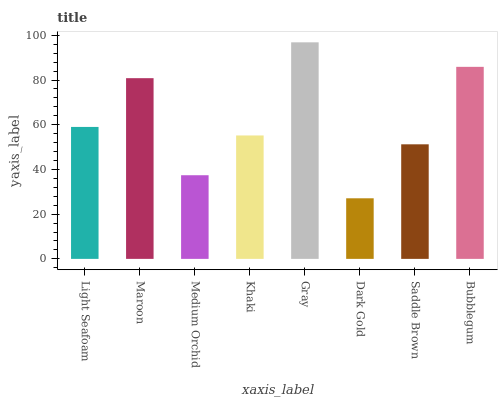
| xaxis_label | bars |
 | --- | --- |
 | Light Seafoam | 59 |
 | Maroon | 80.8 |
 | Medium Orchid | 37.4 |
 | Khaki | 55.2 |
 | Gray | 96.9 |
 | Dark Gold | 27.1 |
 | Saddle Brown | 51.2 |
 | Bubblegum | 85.9 |